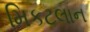
મિકટલાન